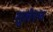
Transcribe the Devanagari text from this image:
सुलेरूद